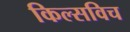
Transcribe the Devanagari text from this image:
किल्सविच